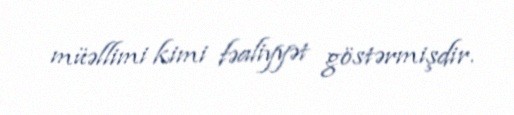
müəllimi kimi fəaliyyət göstərmişdir.